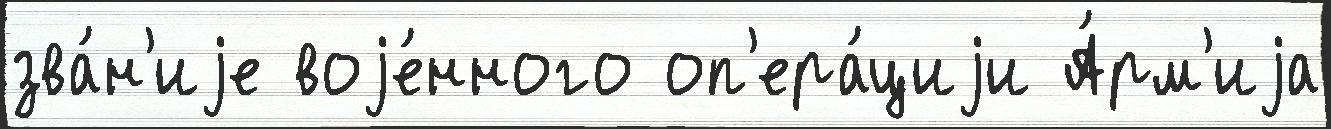
зва́н'иjе воjе́нного оп'ера́циjи А́рм'иjа